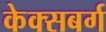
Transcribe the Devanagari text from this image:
केक्सबर्ग